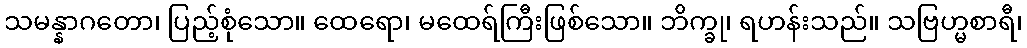
သမန္နာဂတော၊ ပြည့်စုံသော။ ထေရော၊ မထေရ်ကြီးဖြစ်သော။ ဘိက္ခု၊ ရဟန်းသည်။ သဗြဟ္မစာရီ၊